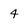
Character: 4